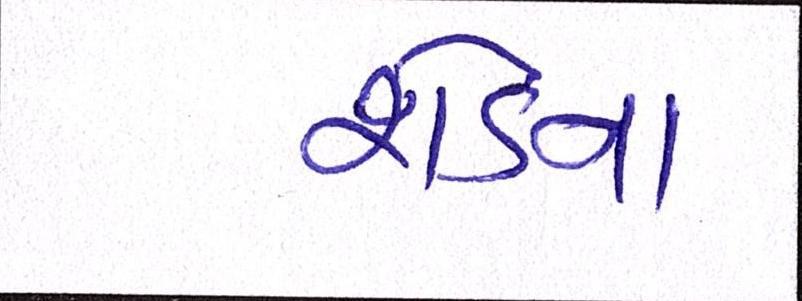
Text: શેડના